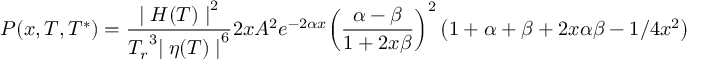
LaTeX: { P ( x , T , T ^ { * } ) = { \frac { { \mid H ( T ) \mid } ^ { 2 } } { { T _ { r } } ^ { 3 } { \mid \eta ( T ) \mid } ^ { 6 } } } 2 x A ^ { 2 } e ^ { - 2 \alpha x } { \left( { \frac { \alpha - \beta } { 1 + 2 x \beta } } \right) } ^ { 2 } \left( 1 + \alpha + \beta + 2 x \alpha \beta - { 1 / { 4 x ^ { 2 } } } \right) }